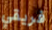
فريقي